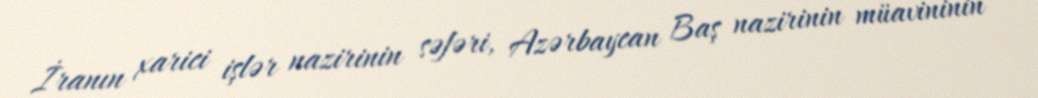
İranın xarici işlər nazirinin səfəri, Azərbaycan Baş nazirinin müavininin